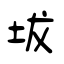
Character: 坺